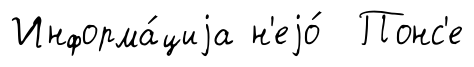
Информа́циjа н'еjо́ Понс'е